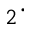
_ 2 \cdot